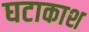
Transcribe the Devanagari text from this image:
घटाकाश